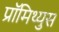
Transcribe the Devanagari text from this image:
प्रॉमिथ्युस